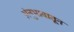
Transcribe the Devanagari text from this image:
अंनुभावातून